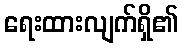
ရေးထားလျက်ရှိ၏